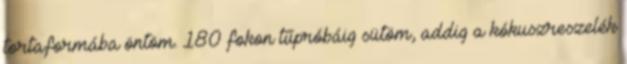
tortaformába öntöm. 180 fokon tűpróbáig sütöm, addig a kókuszreszelék